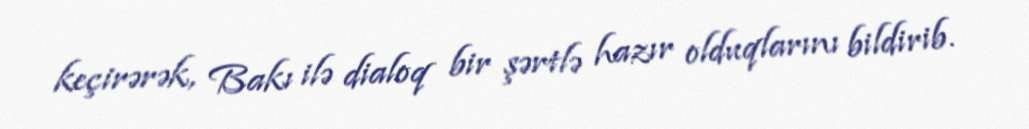
keçirərək, Bakı ilə dialoq bir şərtlə hazır olduqlarını bildirib.